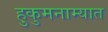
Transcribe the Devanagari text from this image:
हुकुमनाम्यात